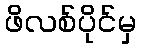
ဖိလစ်ပိုင်မှ